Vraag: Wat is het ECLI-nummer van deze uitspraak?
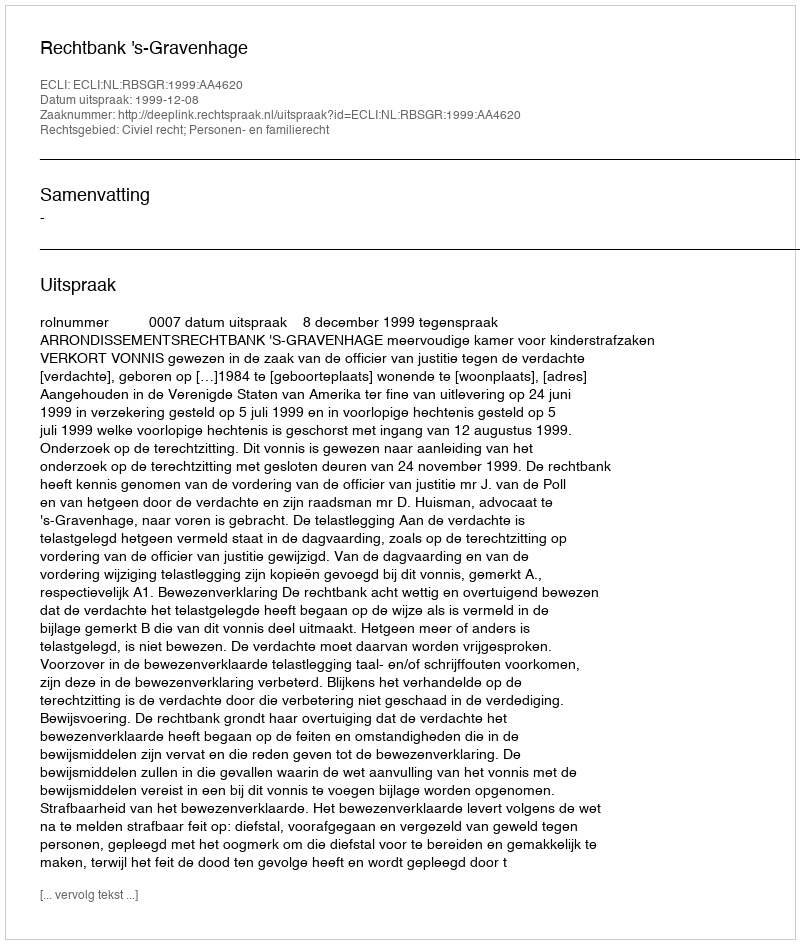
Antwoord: ECLI:NL:RBSGR:1999:AA4620